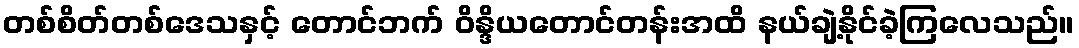
တစ်စိတ်တစ်ဒေသနှင့် တောင်ဘက် ဝိန္ဒိယတောင်တန်းအထိ နယ်ချဲ့နိုင်ခဲ့ကြလေသည်။